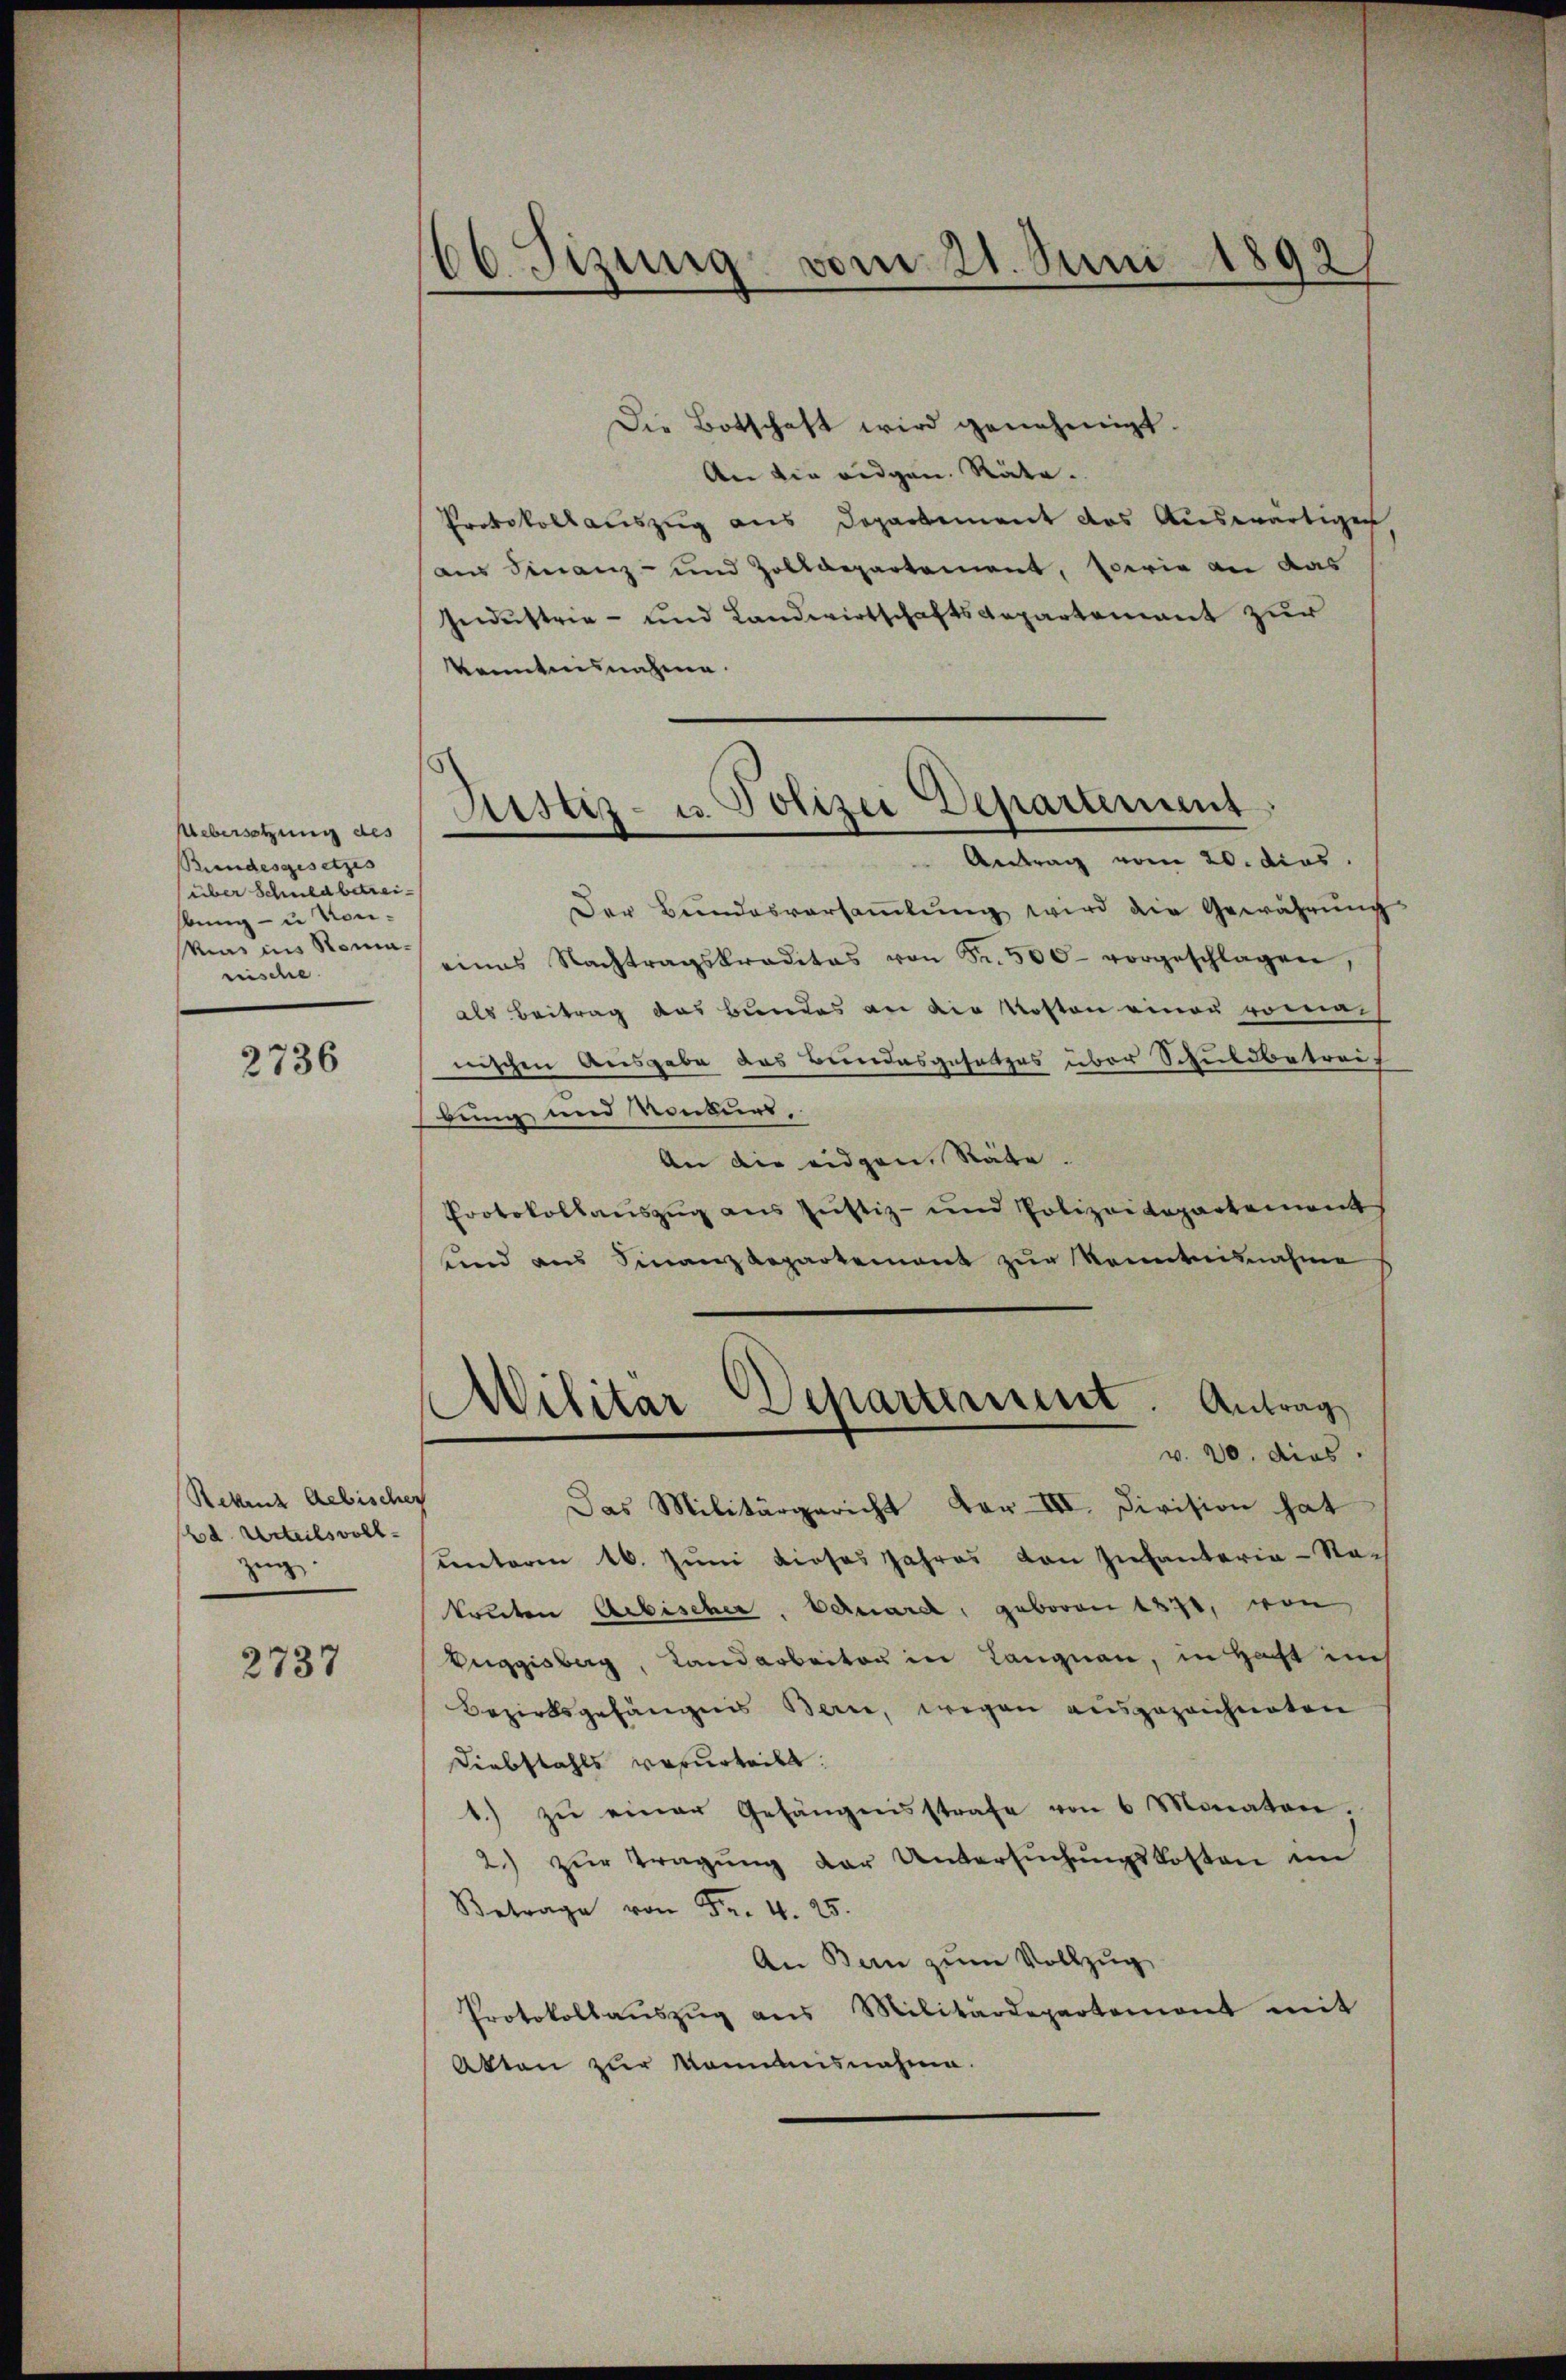
Uebersetzung des
Bundesgesetzes
über Schuld betreikung - u Vor¬
Mias ins Romarrische

2736

Retenz Aebischer
d. Urteilsvollzug.

2737

66 Fizung vom 21. Juni 1892

Die Botschaft wird genehmigt.
An die eidgen. Räte.
Protokollauszug aus Departement das Auswärtigen
aus Finanz- und Zolldepartement, sowie an das
Gendustrie - und Landwirtschaftsdepartement zur
konntensnahme.
Antrag vom 20. dies
Der Bundesversaṁlŭng wird die Gewährŭng
eines Nachtragskraditas von Fr. 500 vorgeschlagen
als Beitrag das Bundes an die Kosten einer romai
nischen Ausgabe das Bundesgesetzes über Schuldbetreibung und Konkurs,
An die eidgen. Räte.
Protokollauszug aus Justiz- und Polizeidepartement
und aus Finanzdepartement zur Kenntnisnahme
v. 20. dies
Das Militärgericht vor III. Division hat
ŭnterm 16. Juni dieses Jahres von Infanteria-Natruten Arbischer, Bernard, geboren 1870, von
Euggisberg, Landarbeiten in Langnau, in Haft auch
Bezirksgefängnis Berne, wegen ausgezeichneten
Diebstahls verurteilt.
1.) zu einer Gefängnisstrafe von 6 Monaten,
2) zŭr Tragŭng der Untersŭchŭngskosten im
.4.5.
An Bern zum Vollzug
Protokollaŭszŭg aŭs Militärdepartement mit
Atten zur Mannensnahme.

Justiz- u. Polizei Departement

1
Wilitar Departement. Antrag